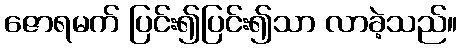
ဇောရမက် ပြင်း၍ပြင်း၍သာ လာခဲ့သည်။